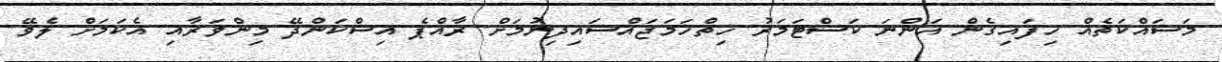
މަސައްކަތެއް ހިފައިގެން އަންނަ ކަސްޓަމަރު ހިތްހަމަޖައްސައިދިނުމަށް ރާއްޕެ އިސްކަންދޭ މިންވަރާއި އެކަމަށް ލެވޭ